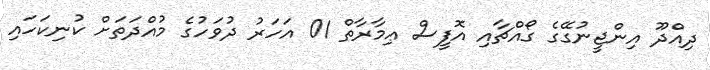
ދިއްދޫ އިންޖީނުގޭގެ ގޯއްޗާއި އޮފީސް ޢިމާރާތް 01 އަހަރު ދުވަހުގެ މުއްދަތަށް ކުނިކަހައި